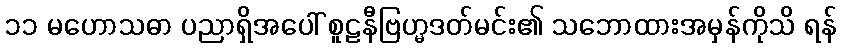
၁၁ မဟောသဓာ ပညာရှိအပေါ် စူဠနီဗြဟ္မဒတ်မင်း၏ သဘောထားအမှန်ကိုသိ ရန်